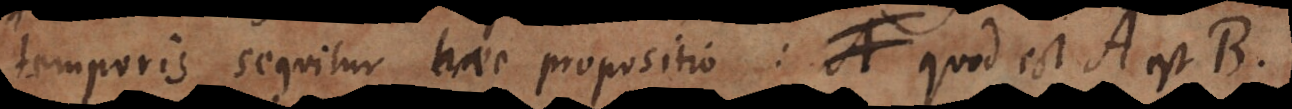
temporis sequitur haec propositio: quod est A est B,